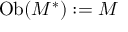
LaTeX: \operatorname { O b } ( M ^ { * } ) : = M